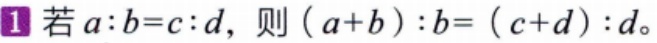
若\(a:b = c:d\)，则\((a + b):b = (c + d):d\)。